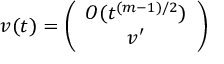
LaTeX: v ( t ) = \left( \begin{array} { c } { { O ( t ^ { ( m - 1 ) / 2 } ) } } \\ { { v ^ { \prime } } } \end{array} \right)